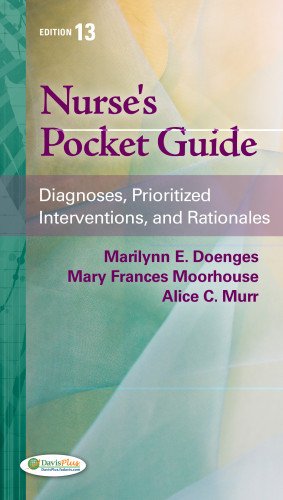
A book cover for Nurse's Pocket Guide: Diagnoses, Prioritized Interventions and Rationales; Marilynn E. Doenges APRN  BC-retired; Medical Books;